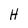
Character: H